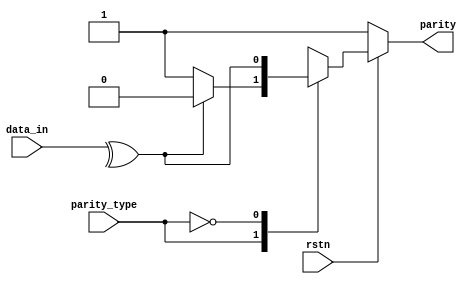
module parity(rstn,parity_type,data_in,parity);

	input rstn;
	input [7:0]  data_in;
	input parity_type;
	output reg parity;

	localparam 	ODD=1'b1,
			EVEN=1'b0;

	always@(*)
	begin

		if(!rstn)
			parity=1'b1;
		else
		begin
			case(parity_type)
			
			ODD:	parity=(^data_in)?1'b0:1'b1;
			EVEN:	parity=(^data_in);
			default:parity=1'b1;
			endcase
		end
	end


endmodule